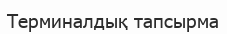
Терминалдық тапсырма